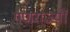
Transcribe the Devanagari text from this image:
गणराज्यौं